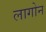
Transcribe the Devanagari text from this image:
लागोन